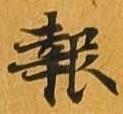
報